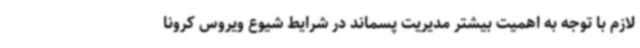
لازم با توجه به اهمیت بیشتر مدیریت پسماند در شرایط شیوع ویروس کرونا